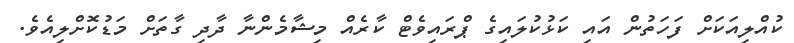
ކުއްލިއަކަށް ފަހަތުން އައި ކަޅުކުލައިގެ ޕްރައިވެޓް ކާރެއް މިޝާމެންނާ ދާދި ގާތަށް މަޑުކޮށްލިއެވެ.